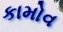
કામોવ